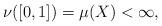
LaTeX: \begin{align*} \nu([0, 1]) = \mu(X) < \infty,\end{align*}